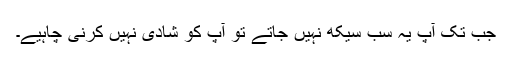
جب تک آپ یہ سب سیکھ نہیں جاتے تو آپ کو شادی نہیں کرنی چاہیے۔